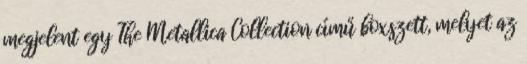
megjelent egy The Metallica Collection című boxszett, melyet az